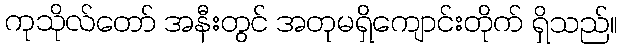
ကုသိုလ်တော် အနီးတွင် အတုမရှိကျောင်းတိုက် ရှိသည်။